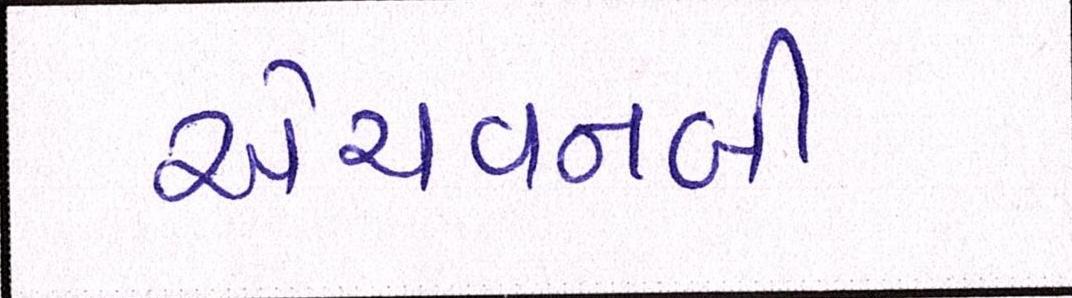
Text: એચવનબી